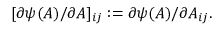
\lbrack \partial \psi ( A ) / \partial A ] _ { i j } : = \partial \psi ( A ) / \partial A _ { i j } .